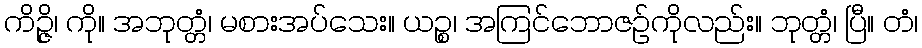
ကိဉ္ဇိ၊ ကို။ အဘုတ္တံ၊ မစားအပ်သေး။ ယဉ္စ၊ အကြင်ဘောဇဉ်ကိုလည်း။ ဘုတ္တံ၊ ပြီ။ တံ၊